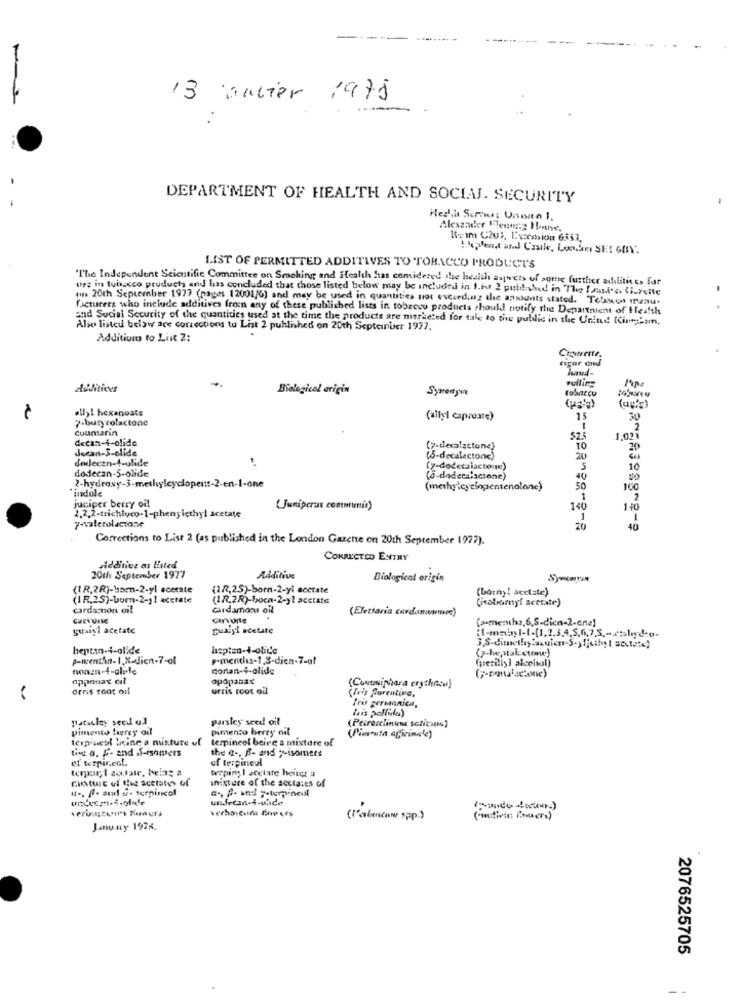
13 aubier 1975
DEPARTMENT OF HEALTH AND SOCIAL. SECURITY
Hegli Semus Unnito 1.
Alexander lesmeg Ifthe.
K -- Im C201, Ixicasion 6553,
LIST OF PERMITTED ADDITIVES TO TOBACCO PRODUCT'S
"The Independent Scientific Committee on Smoking and Health has comidered the hesich aspects of some further adilities far
tys in tobacco products and has concluded that chose listed below may be included in f.it 2 published in The Iasd'os Ci.reite
.. 20th September 1977 (nages 12001/6) and may be used in quantities not exceeding the ansiunts stated. Telses menu.
facturers who include additives fron any of these published lists in tobacco products should notify the Department of Health
and Social Security of the quantities used at the time the products are marketed for tale to the public in the United King'sm.
Also listed below are corrections tu List 2 published on 20th Septcinber 1972.
Addition to List 2:
Ciotrette.
Ergar and
deditices
Biological erigin
Syrentywe
tobacco
Pulling
.Uyl hexanoate
7-buryrolactone
(allyl caproate)
15
30
coumarin
2
decan-i-olide
525
1.021
decan-3-elide
(7-tecalactone)
10
dodecan-4-ulide
(5-decalactone)
20
dodecan-5-olide
(7-dedecaiactone)
10
(6-dodecalscione)
indole
50
juniper berry oil
1
2
2.2,2-trichloro-1-phenylethyl acetate
(Juniperus commemir)
140
140
7-valerolactone
Corrections to List 2 (as published in the London Gazette on 20th September 1977).
CORRECTED ENTRY
Additive as listed
20th September 1977
Additive
Biological origin
(IR.2R)-15en-2-yl acetate
(22,25)-born-2-yl acetate
(borny! acetate)
(IR,25)-born-2-11 acetate
(12.2R)-born-2-yl acetate
(isobamyl acetate)
cardarnon dil
cardamon oil
(Elettaria cardamomve)
canvonte
(a-mentha, 6,5-dicn-2-one)
guaiyl acetate
guaiyl acetate
heptan-i-alide
(7-he,stal.ctone)
p-mentlas-1,8-dich-7-at
(periliyi alcelsol)
nonzn-4-alide
nonan-4-alide
appouax dil
opapanax
urris root od
(Contiphara crytheacu)
(Iris Porentine,
Pris germanica,
leis pallida)
patalley seed od
parsley seed oil
pimento berry oil
pimento berry ail
(Pecresclinuns saticienss)
terp sedl Seine a mixture of
tempincol being a mixture of
(Piosuta oficinale)
tied a. f- and -ishmers
the a -, B- and y-isomers
et werpinect.
of terpineol
werping I acetate heiner a
cinture uf the acetales of
amixture of the soctales of
Ht -, ff- and u. torpincol
a ., P. and y-turpincol
un.fetan.4-once
(I'ainscow spp.)
( cautivis immers )
January 1976.
2076525705